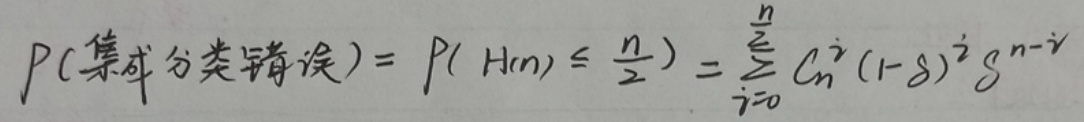
P(\text{集成分类错误}) $= P(H(n) \leq \frac{n}{2}) = \sum_{i = 0}^{\frac{n}{2}} C_{n}^{i} (1 - g)^{i} g^{n - i}$